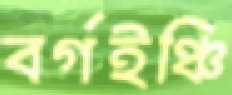
বর্গইঞ্চি